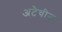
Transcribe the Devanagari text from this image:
अटैचीज